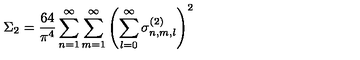
\Sigma _ { 2 } = \frac { 6 4 } { \pi ^ { 4 } } \sum _ { n = 1 } ^ { \infty } \sum _ { m = 1 } ^ { \infty } \left( \sum _ { l = 0 } ^ { \infty } \sigma _ { n , m , l } ^ { ( 2 ) } \right) ^ { 2 }